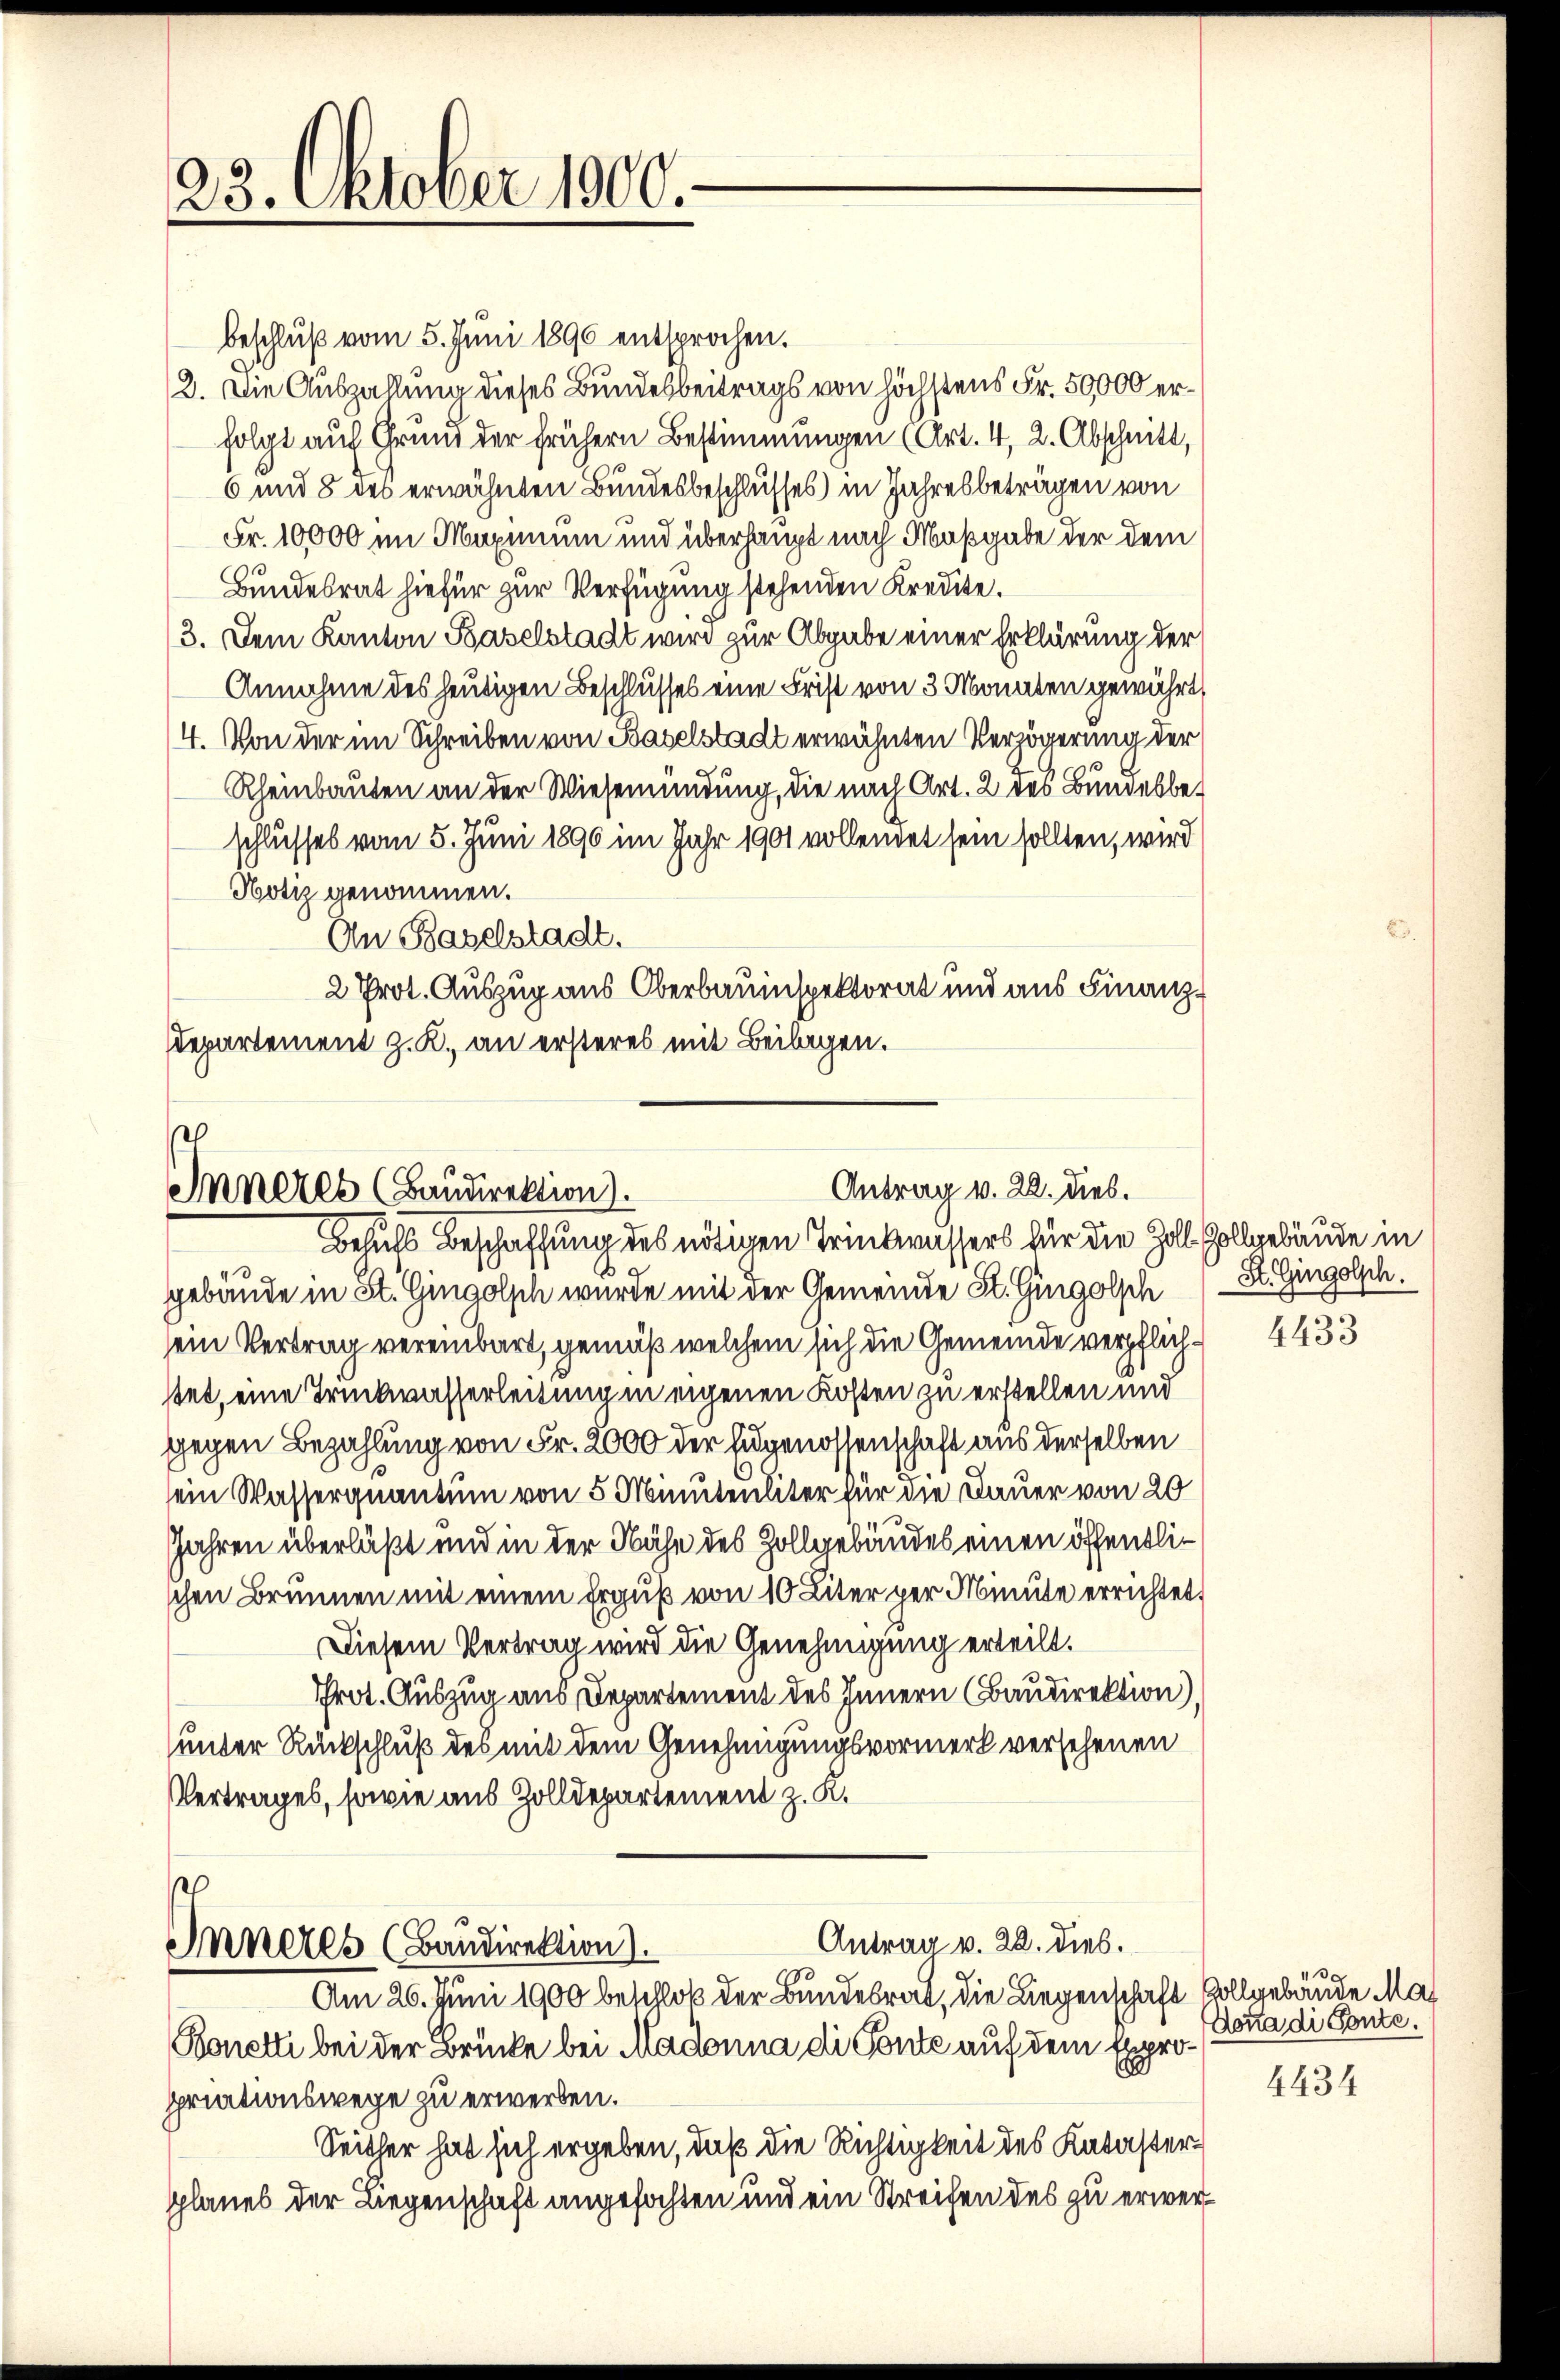
23. Oktober 1900.

gebäude in St. Gingolsch wurde mit der Gemeinde St. Gingolsch
sein Vertrag vereinbart, gemäß welchem sich die Gemeinde verpflichstet, eine Truckwasserleitung in eigenen Kosten zu erstellen und
gegen Bezahlung von Fr. 2000 der Eidgenossenschaft aus derselben
sein Wasserquantum von 5 Minutenliter für die Dauer von 20
Jahren überläßt und in der Nähe des Zollgebäudes einen öffentlischen Brunnen mit einem Erguß von 10 Liter per Minute errichtet,
Diesem Vertrag wird die Genehmigung erteilt.
Prot. Auszug aus Departement des Innern (Baudirektion)
unter Rückschluß des mit dem Genehmigungsvormerk versehenen
Vertrages, sowie aus Zolldepartement z. K.
Antrag v. 28. dies.
Inneres (Baudirektion).
Am 26. Juni 1900 beschloß der Bundesrat, die Liegenschaft vollgebäude Ma
Bonetti bei der Brücke bei Madonna di Ponte auf dem Expropriationswege zu erwerben.
Seither hat sich ergeben, daß die Richtigkeit des Katasterpplanes der Liegenschaft angefochten und ein Streifen des zu erwer¬

Antrag v. 22. dies.
Inneres (Baudirektion).
Belichs Beschaffung des nötigen Trinkwassers für die Zoll-Zollgebäude in

beschluß vom 5. Juni 1890 entsprochen.
2. Die Auszahlung dieses Bundesbeitrags von höchstens Fr. 50,000 erfolgt auf Grund der frühern Bestimmungen (Art. 4, 2. Abschnitt,
6 und 8 des erwähnten Bundesbeschlusses) in Jahresbeträgen von
Fr. 10000 im Maximum und überhaupt nach Maßgabe der dem
Bundesrat hiefür zur Verfügung stehenden Kredite.
3. Dem Kanton Baselstadt wird zur Abgabe einer Erklärung der
Annahme des heutigen Beschlusses eine Frist von 3 Monaten gewährt,
4. Von der im Schreiben von Baselstadt erwähnten Verzögerung der
Rheinbauten an der Wiesemündung, die nach Art. 2 des Bundesbeschlusses vom 5. Juni 1890 im Jahr 1901 vollendet sein sollten, wird
Hotiz genommen.
An Baselstadt.
2 Prot. Auszug aus Oberbauinspektorat und aus Finanz¬
Departement z. K. an ersteres mit Beilagen.

St. Gingolsch.

4433

e
Dona di Sonte.

4434